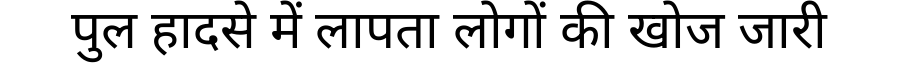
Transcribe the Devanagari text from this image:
पुल हादसे में लापता लोगों की खोज जारी